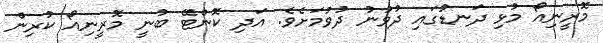
މޮރީނިއޯ މުޅި ދަނޑުގައި ދުވުނު ދުވުމަށެވެ. އަދި ކޮންޓޭ ބުނީ މޮރީނިއޯ ކުރިން